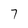
Character: 7